Trukikaitis_Postimees, lk 60
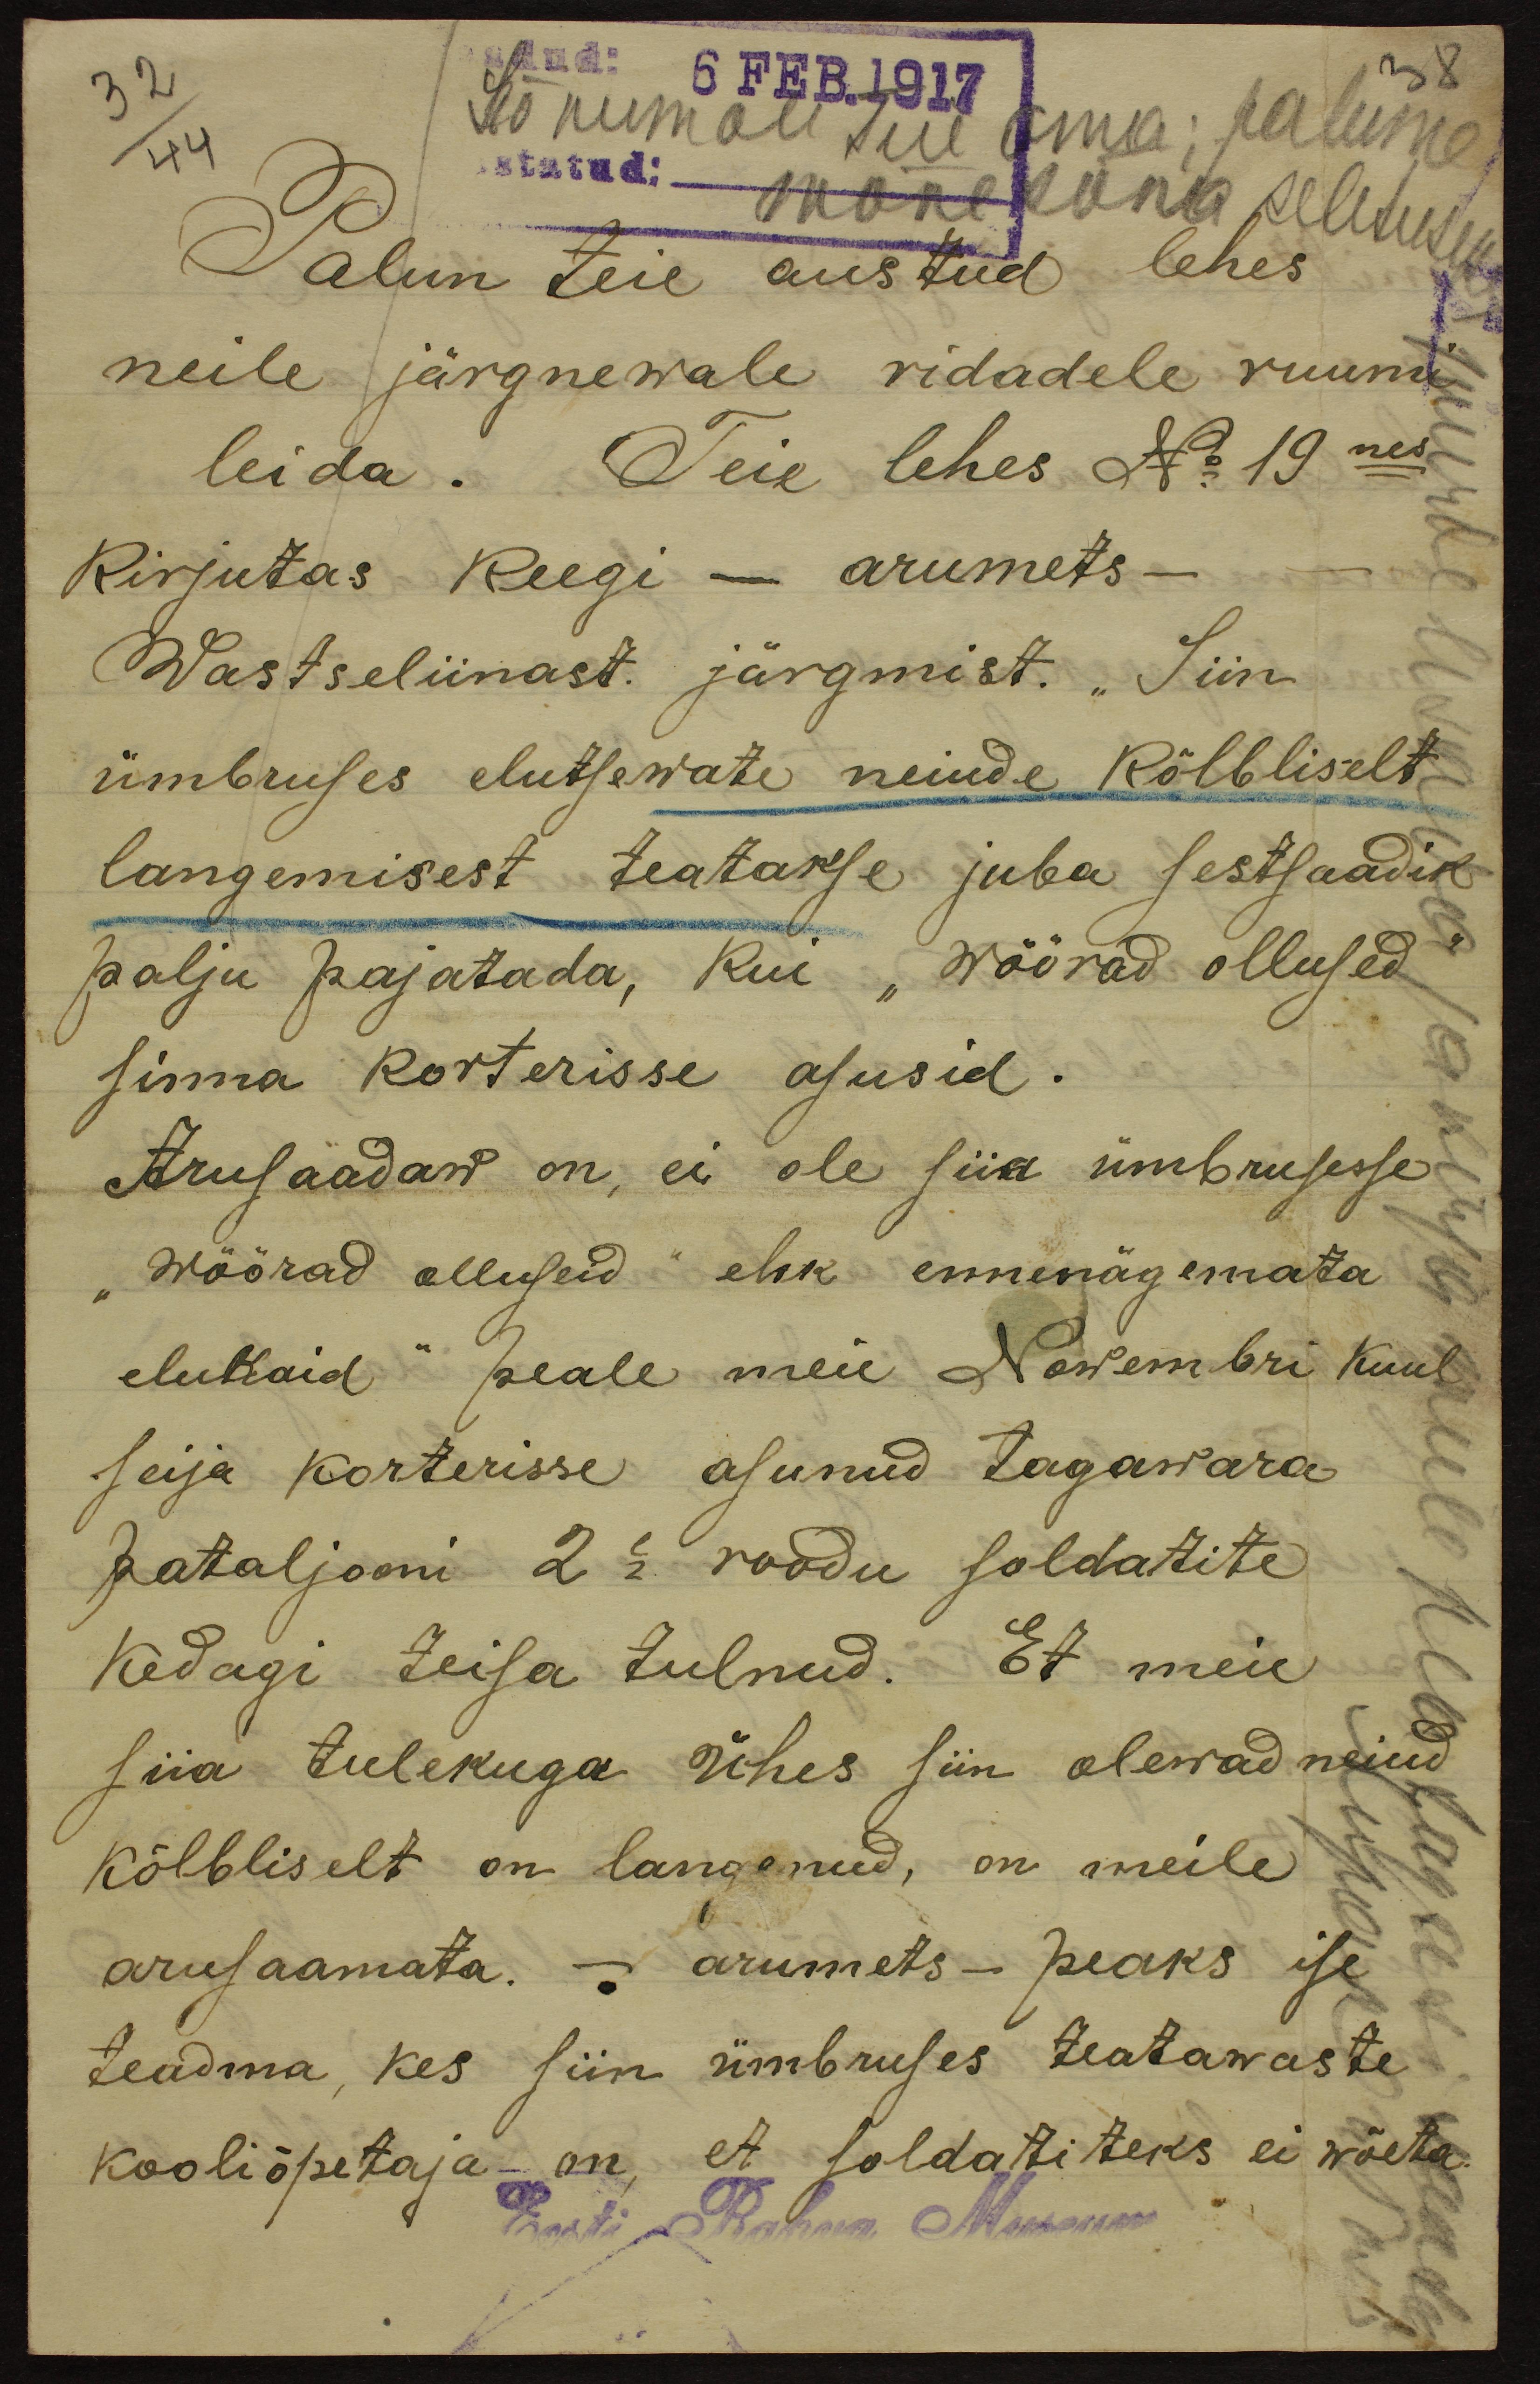
Sõnumale teie oma; palume
Palun teie austud lehes
neile järgnewale ridadele ruumi
leida. Teie lehes No 19nes
Kirjutas keegi - arumets-
Wastseliinast järgmist. "Siin,
ümbruses elutsewate neiude Kõlbliselt
langemisest teatakse juba sestsaadik
palju pajatada, Kui "Wõõrad" ollused
sinna korterisse asusid.
Arusaadaw on, ei ole siia ümbrusesse
"Wõõrad olluseid" ehk ennenägemata
elukaid" peale meie Nowembri kuus
seija korterisse asunud tagawara
pataljoni 2 1/2 roodu soldatite
Kedagi teisa tulnud. Et meie
siia tulekuga ühes siin olewad neiud
Kõlbliselt on langenud, on meile
arusaamata. - arumets- peaks ise
teadma, kes siin ümbruses teatawaste
kooliõpetaja - on, et soldatiteks ei wõeta
Eesti Rahva Muuseum